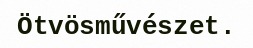
Ötvösművészet.